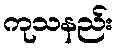
ကုသနည်း